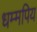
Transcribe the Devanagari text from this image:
धम्मपिय